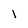
Character: I